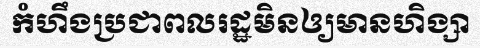
កំហឹងប្រជាពលរដ្ឋមិនឲ្យមានហិង្សា